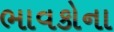
ભાવકોના